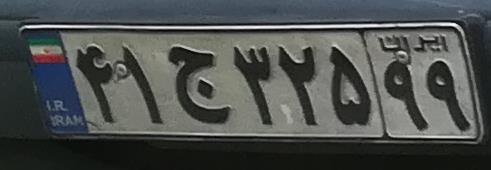
۴۱ج۳۲۵۹۹